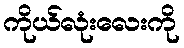
ကိုယ်လုံးလေးကို